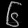
Digit: ၆